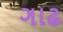
ગાઢ